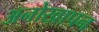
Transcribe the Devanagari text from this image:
अनोखापन